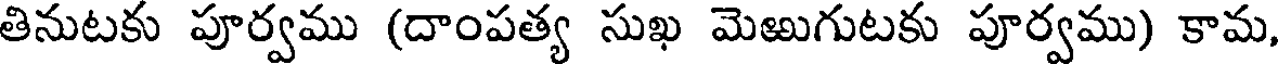
తినుటకు పూర్వము (దాంపత్య సుఖ మెఱుగుటకు పూర్వము) కామ,